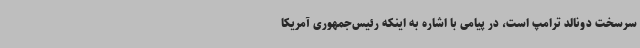
سرسخت دونالد ترامپ است، در پیامی با اشاره به اینکه رئیس‌جمهوری آمریکا